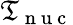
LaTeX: \mathfrak{T}_{\mathrm{{~n~u~c~}}}